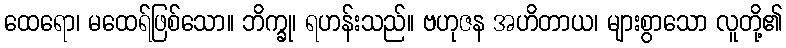
ထေရော၊ မထေရ်ဖြစ်သော။ ဘိက္ခု၊ ရဟန်းသည်။ ဗဟုဇန အဟိတာယ၊ များစွာသော လူတို့၏